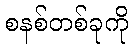
စနစ်တစ်ခုကို